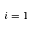
i = 1